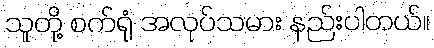
သူတို့ စက်ရုံ အလုပ်သမား နည်းပါတယ်။